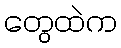
တွေထဲက